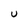
Character: U